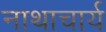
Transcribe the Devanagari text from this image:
नाथाचार्य